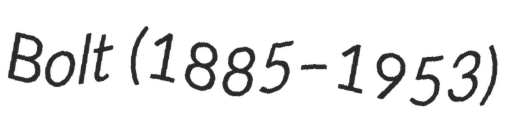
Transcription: Bolt (1885–1953)